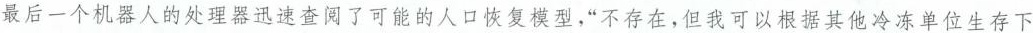
最后一个机器人的处理器迅速查阅了可能的人口恢复模型，“不存在，但我可以根据其他冷冻单位生存下